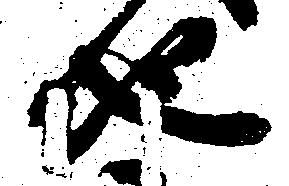
地